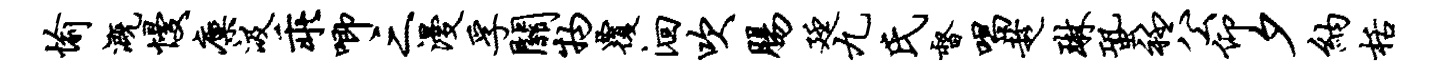
愉溉慢廪汲乖唧三漫孚关物覆洄吹肠廷九氏督唱趁琳蛩衽公仰夕纳栝